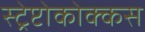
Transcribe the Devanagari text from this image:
स्ट्रेप्टोकोक्कस